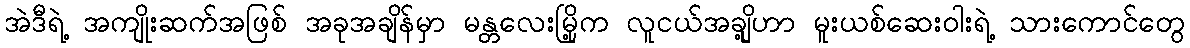
အဲဒီရဲ့ အကျိုးဆက်အဖြစ် အခုအချိန်မှာ မန္တလေးမြို့က လူငယ်အချို့ဟာ မူးယစ်ဆေးဝါးရဲ့ သားကောင်တွေ